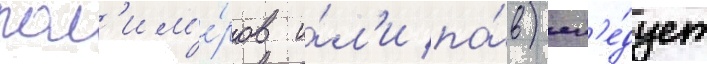
пол'им'е́ров и́л'и па́в) сл'е́дует